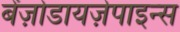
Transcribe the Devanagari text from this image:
बेंज़ोडायज़ेपाइन्स